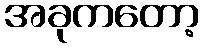
အခုကတော့